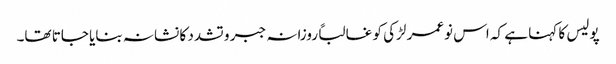
پولیس کا کہنا ہے کہ اس نوعمر لڑکی کو غالباً روزانہ جبر و تشدد کا نشانہ بنایا جاتا تھا۔